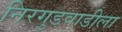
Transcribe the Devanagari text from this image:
निरगुडवाडीला